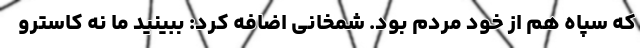
که سپاه هم از خود مردم بود. شمخانی اضافه کرد: ببینید ما نه کاسترو